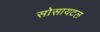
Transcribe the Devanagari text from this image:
सोसायटल